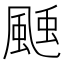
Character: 𩗝